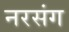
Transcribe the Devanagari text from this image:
नरसंग